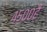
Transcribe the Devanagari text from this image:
४५००हैं